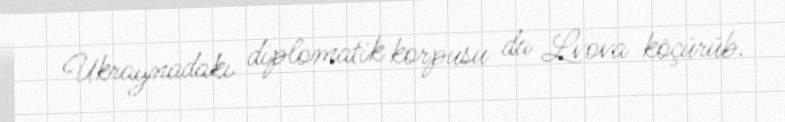
Ukraynadakı diplomatik korpusu da Lvova köçürüb.